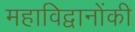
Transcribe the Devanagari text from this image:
महाविद्वानोंकी